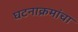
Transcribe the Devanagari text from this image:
घटनाक्रमांचा